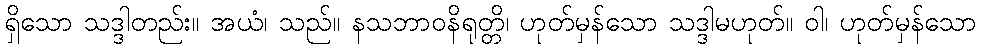
ရှိသော သဒ္ဒါတည်း။ အယံ၊ သည်။ နသဘာဝနိရုတ္တိ၊ ဟုတ်မှန်သော သဒ္ဒါမဟုတ်။ ဝါ၊ ဟုတ်မှန်သော